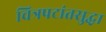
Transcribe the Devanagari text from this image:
चित्रपटांतसुद्धा